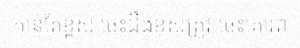
កាន់តែខ្ពស់ ចេះដឹងខុសត្រូវ ចេះគោរព